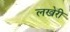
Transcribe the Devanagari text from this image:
लखेरी